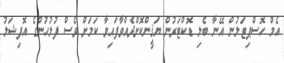
އެމް ހޮސްޕިޓަލުން އޭނާ ބެލި ޑޮކްޓަރުން ޔަޤީންކޮށްދެއްވާފައިވާ ކަމަށް ވެސް ފުލުހުންގެ އޮފިޝަލު